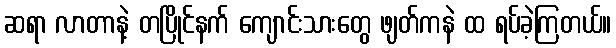
ဆရာ လာတာနဲ့ တပြိုင်နက် ကျောင်းသားတွေ ဖျတ်ကနဲ ထ ရပ်ခဲ့ကြတယ်။